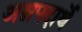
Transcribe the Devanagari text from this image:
अन्नपदार्थे